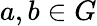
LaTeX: a,b\in G